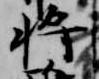
将